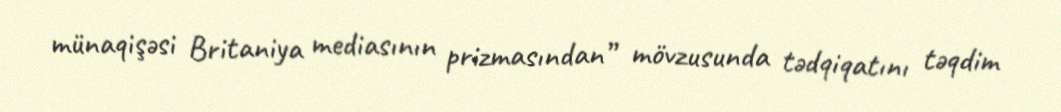
münaqişəsi Britaniya mediasının prizmasından” mövzusunda tədqiqatını təqdim